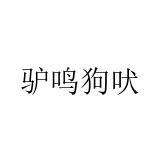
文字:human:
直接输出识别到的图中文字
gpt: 驴鸣狗吠